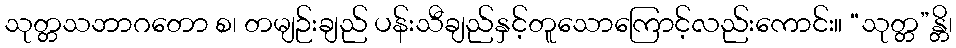
သုတ္တသဘာဂတော စ၊ တမျဉ်းချည် ပန်းသီချည်နှင့်တူသောကြောင့်လည်းကောင်း။ “သုတ္တ”န္တိ၊